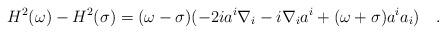
LaTeX: \begin{align*}H^2(\omega)-H^2(\sigma)=(\omega-\sigma)(-2ia^i\nabla_i-i\nabla_i a^i+ (\omega+\sigma)a^ia_i)~~~.\end{align*}